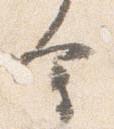
会